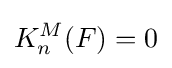
K_{n}^{M}(F)=0